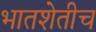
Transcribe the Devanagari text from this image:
भातशेतीच